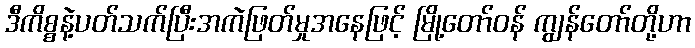
ဒီကိစ္စနဲ့ပတ်သက်ပြီးအကဲဖြတ်မှုအနေဖြင့် မြို့တော်ဝန် ကျွန်တော်တို့ဟာ